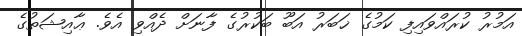
އަމުރު ކުރައްވައިފި ކަމުގެ ޚަބަރު އަބޫ ބަކުރުގެ ފާނަށް ދެއްވި އެވެ. ޢާއިޝަތުގެ